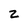
Character: z